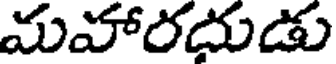
మహారదుడు